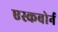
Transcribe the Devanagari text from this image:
एस्कबोर्न